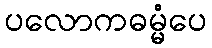
ပလောကဓမ္မံပေ